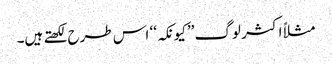
مثلاً اکثر لوگ ’’کیونکہ‘‘ اس طرح لکھتے ہیں۔